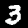
Label: 3